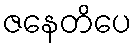
ဇနေတိပေ